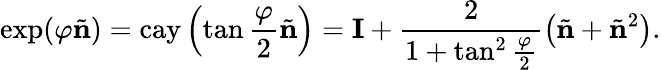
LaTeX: \exp(\varphi\tilde{\mathbf{n}})=\mathrm{cay}\left(\tan\frac{\varphi}{2}\tilde{\mathbf{n}}\right)=\mathbf{I}+\frac{2}{1+\tan^{2}\frac{\varphi}{2}}\left(\tilde{\mathbf{n}}+\tilde{\mathbf{n}}^{2}\right).